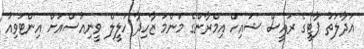
އަދާލަތު ޕާޓީގެ ރައީސް ޝައިހް އިމްރާންގެ މަންމަ ޒާހިދާ ހަލީލް ވީނިއުސްއަށް އިންޓަވިއު